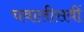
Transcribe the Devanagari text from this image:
चवालीसवीं